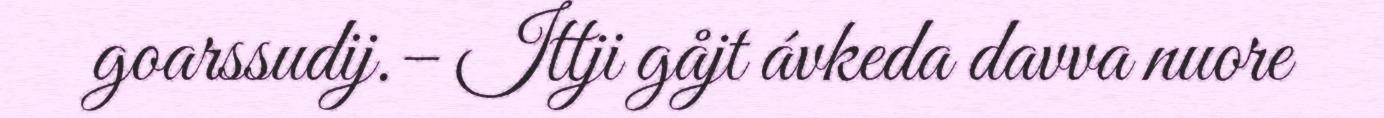
goarssudij.– Ittji gåjt ávkeda davva nuore